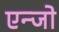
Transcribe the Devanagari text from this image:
एन्जो